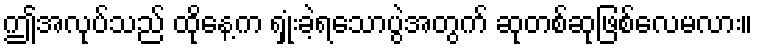
ဤအလုပ်သည် ထိုနေ့က ရှုံးခဲ့ရသောပွဲအတွက် ဆုတစ်ဆုဖြစ်လေမလား။